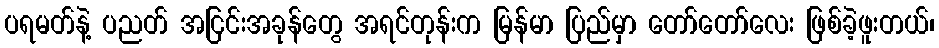
ပရမတ်နဲ့ ပညတ် အငြင်းအခုန်တွေ အရင်တုန်းက မြန်မာ ပြည်မှာ တော်တော်လေး ဖြစ်ခဲ့ဖူးတယ်၊